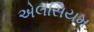
એલસિયમ